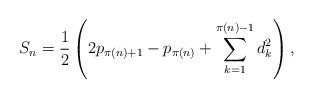
LaTeX: \begin{align*} S_n= \frac1{2}\left(2p_{\pi(n)+1}-p_{\pi(n)}+\sum_{k=1}^{\pi(n)-1} d_k^2 \right),\end{align*}